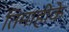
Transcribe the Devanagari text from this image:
तिमाहीके